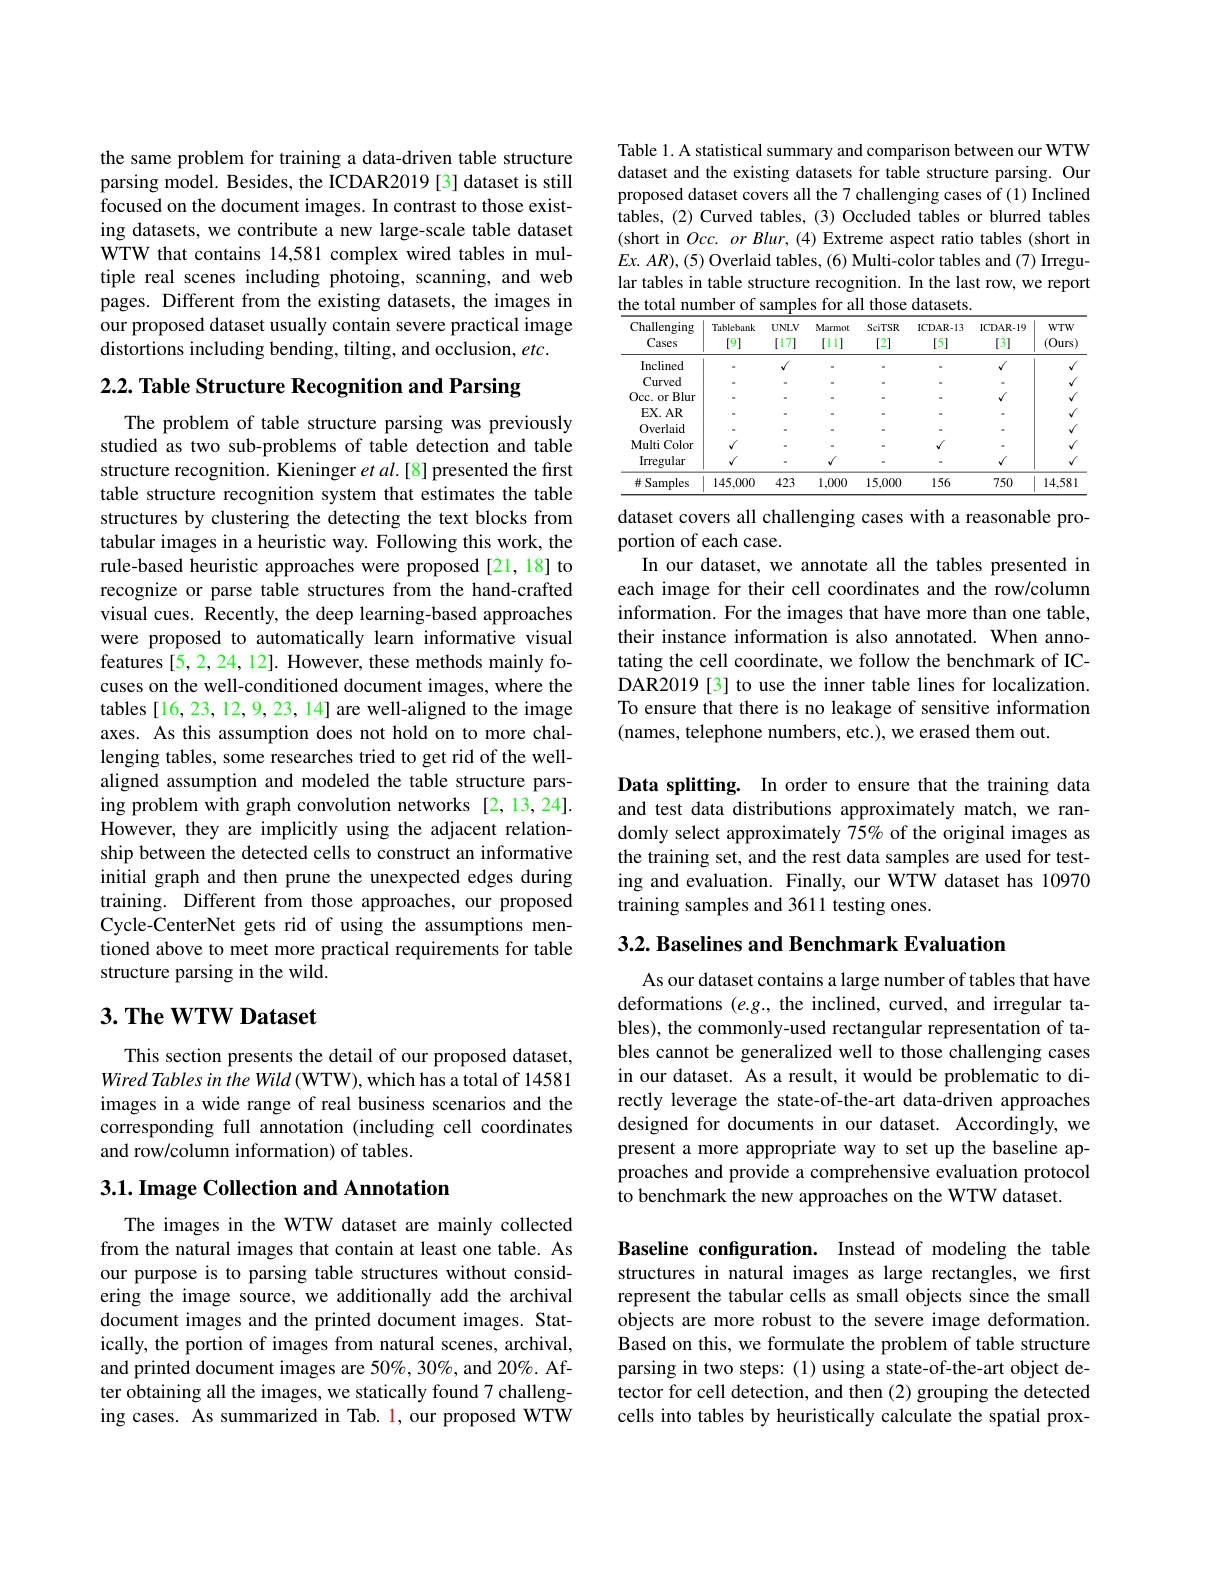
the same problem for training a data-driven table structure parsing model. Besides, the ICDAR2019 [3] dataset is still focused on the document images. In contrast to those existing datasets, we contribute a new large-scale table dataset WTW that contains 14,581 complex wired tables in multiple real scenes including photoing, scanning, and web pages. Different from the existing datasets, the images in our proposed dataset usually contain severe practical image distortions including bending, tilting, and occlusion, $etc.$

2.2. Table Structure Recognition and Parsing

The problem of table structure parsing was previously studied as two sub-problems of table detection and table structure recognition. Kieninger et al.[8] presented the first table structure recognition system that estimates the table structures by clustering the detecting the text blocks from tabular images in a heuristic way. Following this work, the rule-based heuristic approaches were proposed[21,18] to recognize or parse table structures from the hand-crafted visual cues. Recently, the deep learning-based approaches were proposed to automatically learn informative visual features [5,2,24,12]. However, these methods mainly focuses on the well-conditioned document images, where the tables [16, 23, 12, 9, 23, 14] are well-aligned to the image axes. As this assumption does not hold on to more challenging tables, some researches tried to get rid of the wellaligned assumption and modeled the table structure parsing problem with graph convolution networks [2,13,24]. However, they are implicitly using the adjacent relationship between the detected cells to construct an informative initial graph and then prune the unexpected edges during training. Different from those approaches, our proposed Cycle-CenterNet gets rid of using the assumptions mentioned above to meet more practical requirements for table structure parsing in the wild.

## $3. \textbf{The WTW Dataset}$

This section presents the detail of our proposed dataset, Wired Tables in the Wild (WTW), which has a total of 14581 images in a wide range of real business scenarios and the corresponding full annotation (including cell coordinates and row/column information) of tables.

## $3. 1. \textbf{Image Collection and Annotation}$

The images in the WTW dataset are mainly collected from the natural images that contain at least one table. As our purpose is to parsing table structures without considering the image source, we additionally add the archival document images and the printed document images. Statically, the portion of images from natural scenes, archival, and printed document images are 50%, 30%, and 20%. After obtaining all the images, we statically found 7 challenging cases. As summarized in Tab. l, our proposed WTW

Table 1. A statistical summary and comparison between our WTW dataset and the existing datasets for table structure parsing. Our proposed dataset covers all the 7 challenging cases of (1) Inclined tables, (2) Curved tables, (3) Occluded tables or blurred tables (short in $Occ. \textit{ or Blur, ( 4) Extreme aspect ratio tables ( short in) }$ $Ex.AR),(5)$ Overlaid tables, (6) Multi-color tables and (7) Irregular tables in table structure recognition. In the last row, we report the total number of samples for all those datasets.

<table>
	<tbody>
		<tr>
			<th>Challenging Cases</th>
			<th>Tablebank [9]</th>
			<th>$UNLV$ [17]</th>
			<th>Marmot [11]</th>
			<th>SciTSR [2]</th>
			<th>ICDAR- 13 [5]</th>
			<th>ICDAR- 19 [3]</th>
			<th>$WTW$ $(0urs)$</th>
		</tr>
		<tr>
			<td>Inclined</td>
			<td> </td>
			<td>$√$</td>
			<td> </td>
			<td> </td>
			<td> </td>
			<td>$√$</td>
			<td>v</td>
		</tr>
		<tr>
			<td>Curved</td>
			<td> </td>
			<td> </td>
			<td> </td>
			<td> </td>
			<td> </td>
			<td> </td>
			<td>v</td>
		</tr>
		<tr>
			<td>Occ. or Blur</td>
			<td> </td>
			<td> </td>
			<td> </td>
			<td> </td>
			<td> </td>
			<td>$√$</td>
			<td>Y</td>
		</tr>
		<tr>
			<td>$\mathbf{EX}.$AR</td>
			<td> </td>
			<td> </td>
			<td> </td>
			<td> </td>
			<td> </td>
			<td> </td>
			<td>Y</td>
		</tr>
		<tr>
			<td>Overlaid</td>
			<td> </td>
			<td>112</td>
			<td> </td>
			<td> </td>
			<td> </td>
			<td> </td>
			<td>$y$</td>
		</tr>
		<tr>
			<td>Color Multi</td>
			<td>$√$</td>
			<td> </td>
			<td> </td>
			<td> </td>
			<td>$√$</td>
			<td> </td>
			<td>v</td>
		</tr>
		<tr>
			<td>Irregular</td>
			<td>$√$</td>
			<td>-</td>
			<td>$√$</td>
			<td> </td>
			<td> </td>
			<td>$√$</td>
			<td>$Y$</td>
		</tr>
		<tr>
			<td># Samples</td>
			<td>145.000</td>
			<td>423</td>
			<td>1,000</td>
			<td>15,000</td>
			<td>156</td>
			<td>750</td>
			<td>14.581</td>
		</tr>
	</tbody>
</table>

dataset covers all challenging cases with a reasonable pro-
portion of each case.
In our dataset, we annotate all the tables presented in each image for their cell coordinates and the row/column information. For the images that have more than one table, their instance information is also annotated. When annotating the cell coordinate, we follow the benchmark of ICDAR2019 [3] to use the inner table lines for localization. To ensure that there is no leakage of sensitive information (names, telephone numbers, etc.), we erased them out.

Data splitting. In order to ensure that the training data and test data distributions approximately match, we randomly select approximately $\hat{75\%}$ of the original images as the training set, and the rest data samples are used for testing and evaluation. Finally, our WTW dataset has 10970 training samples and 3611 testing ones.

3.2. Baselines and Benchmark Evaluation

As our dataset contains a large number of tables that have deformations $(e.g.$, the inclined, curved, and irregular tables), the commonly-used rectangular representation of tables cannot be generalized well to those challenging cases in our dataset. As a result, it would be problematic to directly leverage the state-of-the-art data-driven approaches designed for documents in our dataset. Accordingly, we present a more appropriate way to set up the baseline approaches and provide a comprehensive evaluation protocol to benchmark the new approaches on the WTW dataset.

Baseline configuration. Instead of modeling the table structures in natural images as large rectangles, we first represent the tabular cells as small objects since the small objects are more robust to the severe image deformation. Based on this, we formulate the problem of table structure parsing in two steps: (1) using a state-of-the-art object detector for cell detection, and then (2) grouping the detected cells into tables by heuristically calculate the spatial prox-